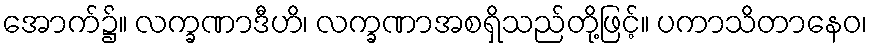
အောက်၌။ လက္ခဏာဒီဟိ၊ လက္ခဏာအစရှိသည်တို့ဖြင့်။ ပကာသိတာနေဝ၊